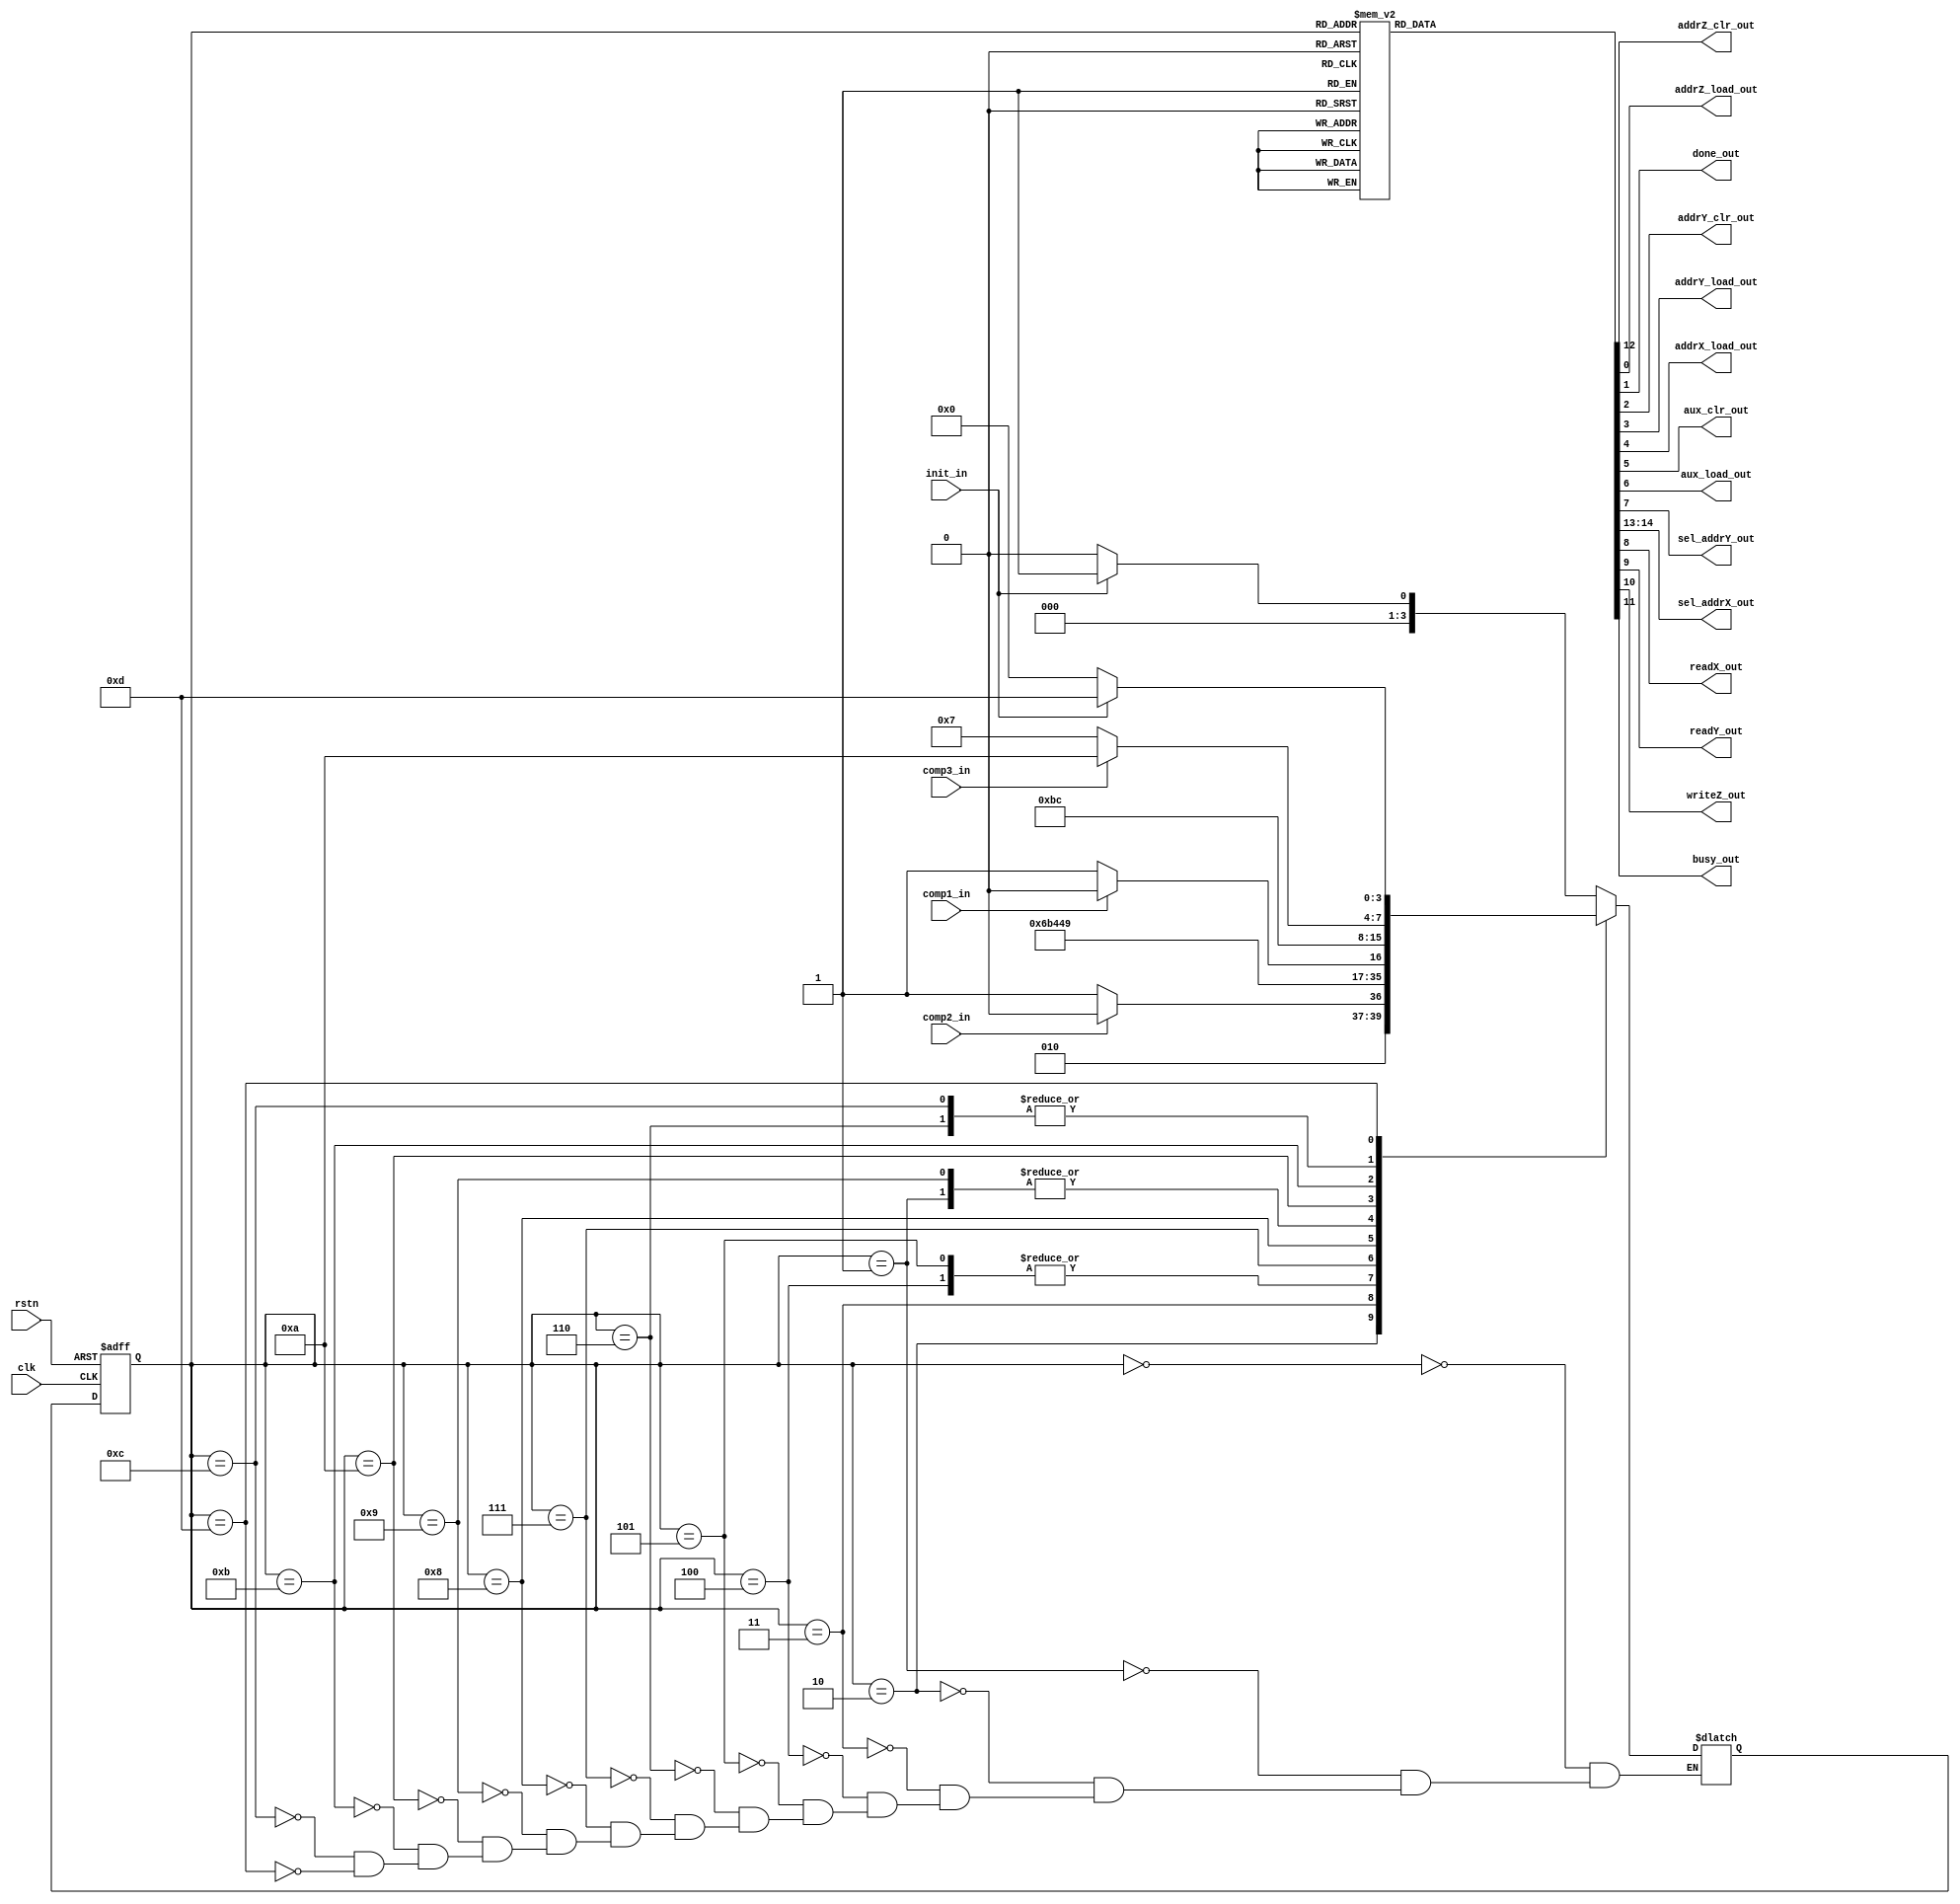
module conv_processor_FSM (
	input wire clk,
	input wire rstn,
	input wire comp1_in,
	input wire comp2_in,
	input wire comp3_in,
	input wire init_in,
	output reg addrZ_clr_out,
	output reg addrZ_load_out,
	output reg done_out,
	output reg addrY_clr_out,
	output reg addrY_load_out,
	output reg addrX_load_out,
	output reg aux_clr_out,
	output reg aux_load_out,
	output reg sel_addrY_out,
	output reg [1:0] sel_addrX_out,
	output reg readX_out,
	output reg readY_out,
	output reg writeZ_out,
   output reg busy_out	
);

//States
localparam [3:0]  s1=	4'b0000, 
						s2=	4'b0001, 
						s3=	4'b0010, 
						s4=	4'b0011, 
						s5=	4'b0100, 
						s6=	4'b0101, 
						s7=	4'b0110, 
						s8=	4'b0111, 
						s9=	4'b1000, 
						s10=	4'b1001, 
						s11=	4'b1010,
						s12=	4'b1011,
						s13=  4'b1100,
                  s14=  4'b1101;
						
						

reg [3:0] pres;  // actual state
reg [3:0] next;  // next state


//================================================================
// Always Block to update states 
//================================================================
always@(posedge clk, negedge rstn) begin
		if(~rstn) begin
					pres<=s1; // go to state initial		
		end
		else begin
			      pres<= next; // go to the next state	

		end
end

//================================================================
// Always Block to change state 
//================================================================
always@(*) begin

		case (pres) // depending of the state, do the following
					
				s1: begin 
				
					if(init_in)
						next=s2;
					else
						next=s1;
				end	
				
				s2: begin 
				
					if(comp1_in)
						next=s3;
					else
						next=s4;
					
				end
				
				s3: begin 
					  
					if(comp2_in)
						next=s5;
					else
						next=s6;
				end
				
				s4: begin
                 next=s14;
            end
				
				s5: begin	
					next=s7;	
			
				end
				
				s6: begin
					next=s7;
						
				end
				
				s7: begin
					if(comp3_in)
						next=s11;
					else
						next=s8;	
				end
				
				s8: begin
					next=s9;	
				end
				
				s9: begin
					next=s10;	
				end
				
				s10: begin
					
					if(comp1_in)
						next=s3;
					else
						next=s4;		
				end
				
				s11: begin	
					next=s12;
				end
				
				s12: begin	
					next=s13;
				end
				
				s13: begin	
					
					if(comp3_in)
						next=s11;
					else
						next=s8;	
				end
            
            s14: begin
				
					if(~init_in)
						next=s1;
					else
						next=s14;	
				end
		endcase
end

//================================================================
// Always Block to manage outputs in each state
//================================================================


always @ (*) begin
addrZ_clr_out  = 1'b0;
addrZ_load_out = 1'b0;
done_out       = 1'b0;
addrY_clr_out  = 1'b0;
addrY_load_out = 1'b0;
addrX_load_out = 1'b0;
aux_clr_out    = 1'b0;
aux_load_out   = 1'b0;
sel_addrY_out  = 1'b0;
sel_addrX_out  = 2'b01;
readX_out      = 1'b0;
readY_out      = 1'b0;
writeZ_out     = 1'b0;
busy_out       = 1'b0;
		
	   case (pres)
				s1: begin 				
						addrZ_clr_out = 1'b1;
						sel_addrX_out = 2'b01;
				end	
				
				s2: begin 					
				end
				
				s3: begin 
						aux_clr_out = 1'b1;
                  busy_out  = 1'b1;

				end		
				s4: begin
						done_out  = 1'b1;
				end		
				s5: begin					
						addrY_clr_out  = 1'b1;
						addrX_load_out = 1'b1;						
						sel_addrX_out  = 2'b01;
                  busy_out  = 1'b1; 
				end
				s6: begin
				
						addrY_load_out = 1'b1;
						addrX_load_out = 1'b1;						
						sel_addrX_out  = 2'b10;	
                  busy_out  = 1'b1;
				end
						
				
				s7: begin
                 busy_out  = 1'b1;
				end
				
				s8: begin
						writeZ_out = 1'b1;
                  busy_out  = 1'b1;
				end
				
				s9: begin					
						addrZ_load_out = 1'b1;
                  busy_out  = 1'b1;
				end
				
				s10: begin
                 busy_out  = 1'b1;
					
				end
				
				s11: begin	
						readX_out = 1'b1;
						readY_out = 1'b1;	
                  busy_out  = 1'b1;
				end
				
				s12: begin	
						
						addrY_load_out = 1'b1;
						addrX_load_out = 1'b1;						
						sel_addrY_out  = 1'b1;
                  sel_addrX_out=2'b00;
                  busy_out  = 1'b1;
				end
				
				s13: begin				

						aux_load_out = 1'b1;	
                  busy_out  = 1'b1;
				end
            
            s14: begin
				end	
		endcase
end

endmodule